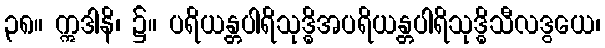
၃၈။ ဣဒါနိ၊ ၌။ ပရိယန္တပါရိသုဒ္ဓိအပရိယန္တပါရိသုဒ္ဓိသီလဒွယေ၊